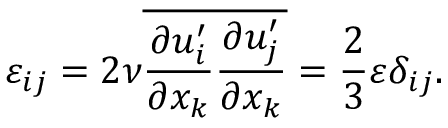
\varepsilon _ { i j } = 2 \nu \overline { { \frac { \partial u _ { i } ^ { \prime } } { \partial x _ { k } } \frac { \partial u _ { j } ^ { \prime } } { \partial x _ { k } } } } = \frac { 2 } { 3 } \varepsilon \delta _ { i j } .